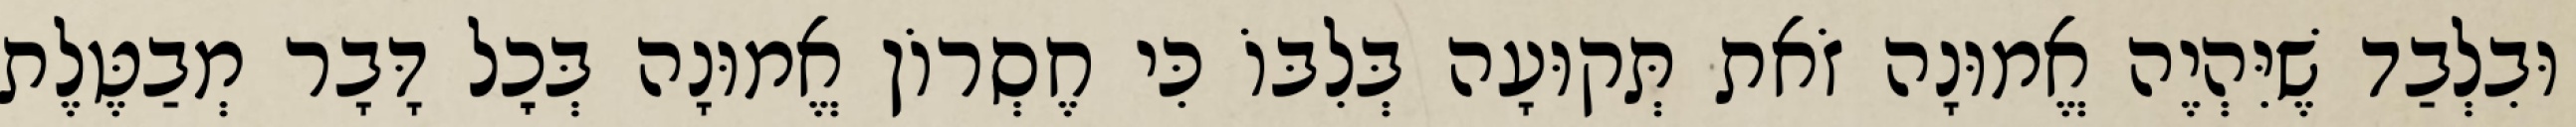
וּבִלְבַד שֶׁיִּהְיֶה אֱמוּנָה זֹאת תְּקוּעָה בְּלִבּוֹ כִּי חֶסְרוֹן אֱמוּנָה בְּכׇל דָּבָר מְבַטֶּלֶת